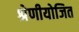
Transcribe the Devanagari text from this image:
श्रेणीयोजित